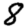
Digit: 8